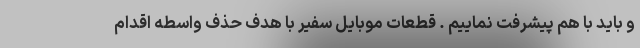
و باید با هم پیشرفت نماییم . قطعات موبایل سفیر با هدف حذف واسطه اقدام